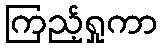
ကြည့်ရှုကာ